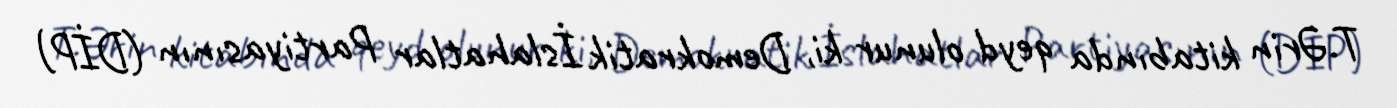
T.Ərin kitabında qeyd olunur ki, Demokratik İslahatlar Partiyasının (DİP)